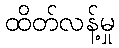
ထိတ်လန့်မှု